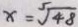
x = \sqrt [ 5 ] { 4 8 }